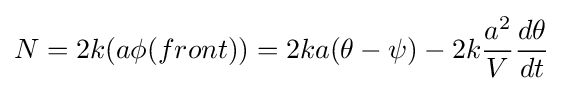
N=2k(a\phi (front))=2ka(\theta -\psi )-2k{\frac {a^{2}}{V}}{\frac {d\theta }{dt}}